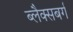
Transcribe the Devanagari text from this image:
ब्लैक्सबर्ग